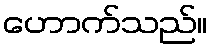
ဟောက်သည်။